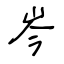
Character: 岑